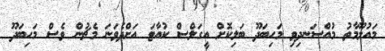
މައުލޫމާތު މުއްސަނދިވި މަހިބަދޫ ބަލިކޮށް އީގަލްސް ކުއާޓަ އަށްދެވަނަ މެޗުން ވެސް މަހިބަދޫ